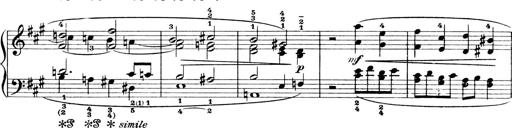
Title: 4 Sonatines
Composer: Max Reger